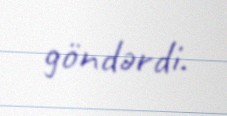
göndərdi.